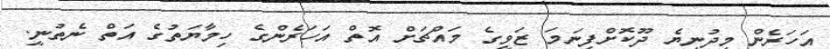
އަހަރެން މިދުނިޔެ ދޫކޮށްފިނަމަ ޒަވީގެ މައްޗަށް އޮތް އަހަރެންގެ ހިމާޔަތުގެ އަތް ނެތުނީ.